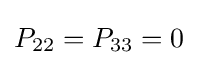
P_{22}=P_{33}=0